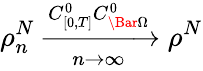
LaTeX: \rho_{n}^{N}\xrightarrow[n\rightarrow\infty]{C_{[0,T]}^{0}C_{\Bar{\Omega}}^{0}}\rho^{N}